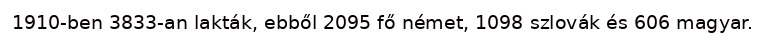
1910-ben 3833-an lakták, ebből 2095 fő német, 1098 szlovák és 606 magyar.